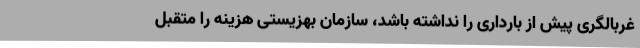
غربالگری پیش از بارداری را نداشته باشد، سازمان بهزیستی هزینه را متقبل